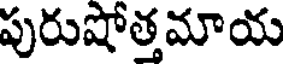
పురుషోత్తమాయ